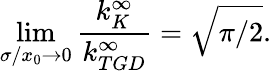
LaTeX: \operatorname*{lim}_{\sigma/x_{0}\to 0}\frac{k_{K}^{\infty}}{k_{TGD}^{\infty}}=\sqrt{\pi/2}.